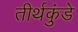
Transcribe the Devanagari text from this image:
तीर्थकुंडे